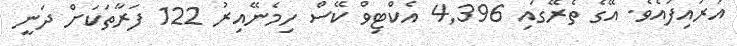
އަރައިފައެވެ. އޭގެ ތެރޭގައި 4